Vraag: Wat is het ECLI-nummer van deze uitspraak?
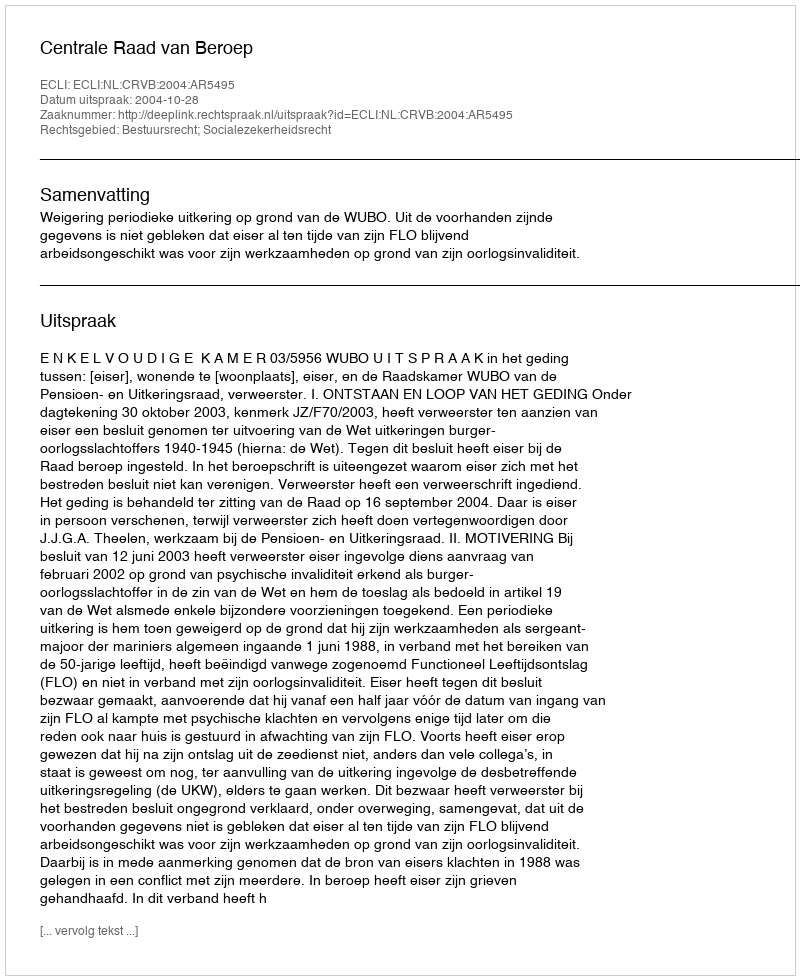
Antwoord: ECLI:NL:CRVB:2004:AR5495